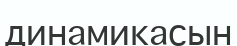
динамикасын